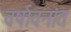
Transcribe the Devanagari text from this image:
वर्षावनांत